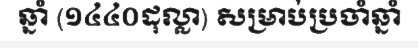
ឆ្នាំ (១៤៤០ដុល្លា) សម្រាប់ប្រចាំឆ្នាំ